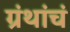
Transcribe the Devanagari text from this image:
ग्रंथांचं